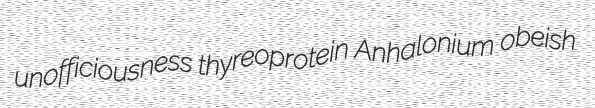
unofficiousness thyreoprotein Anhalonium obeish